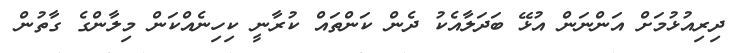
ދިރިއުޅުމަށް އަންނަން އުޅޭ ބަދަލާއެކު ދެން ކަންތައް ކުރާނީ ކިހިނެއްކަން މިލާންގެ ގާތުން